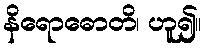
နိရောဓောတိ၊ ဟူ၍။